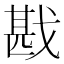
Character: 戡